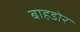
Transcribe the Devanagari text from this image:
बाहडोर